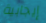
إيجابية